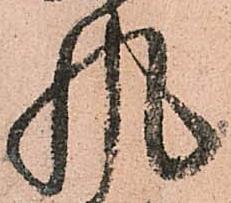
風